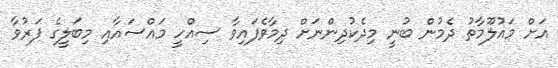
އަށް މައުލޫމާތު ދެމުން ބުނީ މިދެކުދިންނަށް ދިމާވެފައިވާ ސިއްހީ މައްސައާއި މިބަލީގެ ފަރުވާ